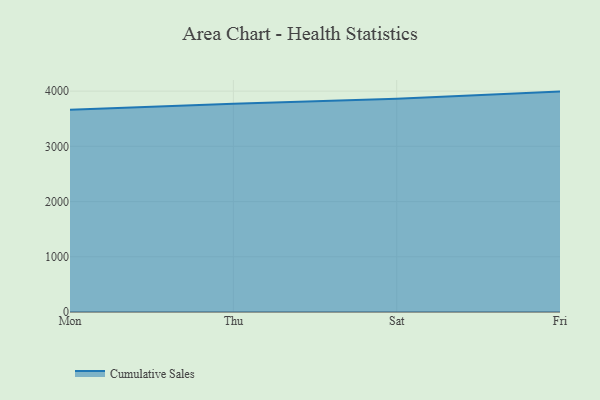
{"axis": {"x": "Day", "y": "Latency (ms)"}, "legend": ["Cumulative Sales"], "data": [{"x": "Mon", "y": 3664.7, "type": "Cumulative Sales"}, {"x": "Thu", "y": 3770.2, "type": "Cumulative Sales"}, {"x": "Sat", "y": 3860.0, "type": "Cumulative Sales"}, {"x": "Fri", "y": 3991.5, "type": "Cumulative Sales"}]}